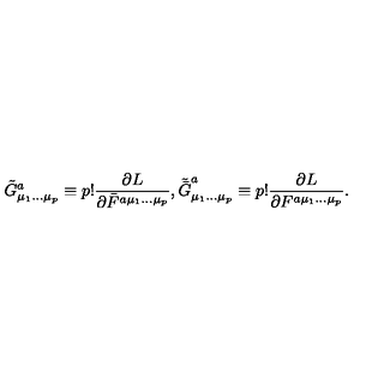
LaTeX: \tilde { G } _ { \mu _ { 1 } \ldots \mu _ { p } } ^ { a } \equiv p ! \frac { \partial L } { \partial \bar { F } ^ { a \mu _ { 1 } \ldots \mu _ { p } } } , \tilde { \bar { G } } _ { \mu _ { 1 } \ldots \mu _ { p } } ^ { a } \equiv p ! \frac { \partial L } { \partial F ^ { a \mu _ { 1 } \ldots \mu _ { p } } } .